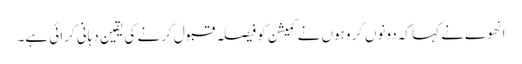
انهوےنے کہا کہ دونوں گروہوں نے کمیشن کو فیصلہ قبول کرنے کی یقین دہانی کرائی ہے۔